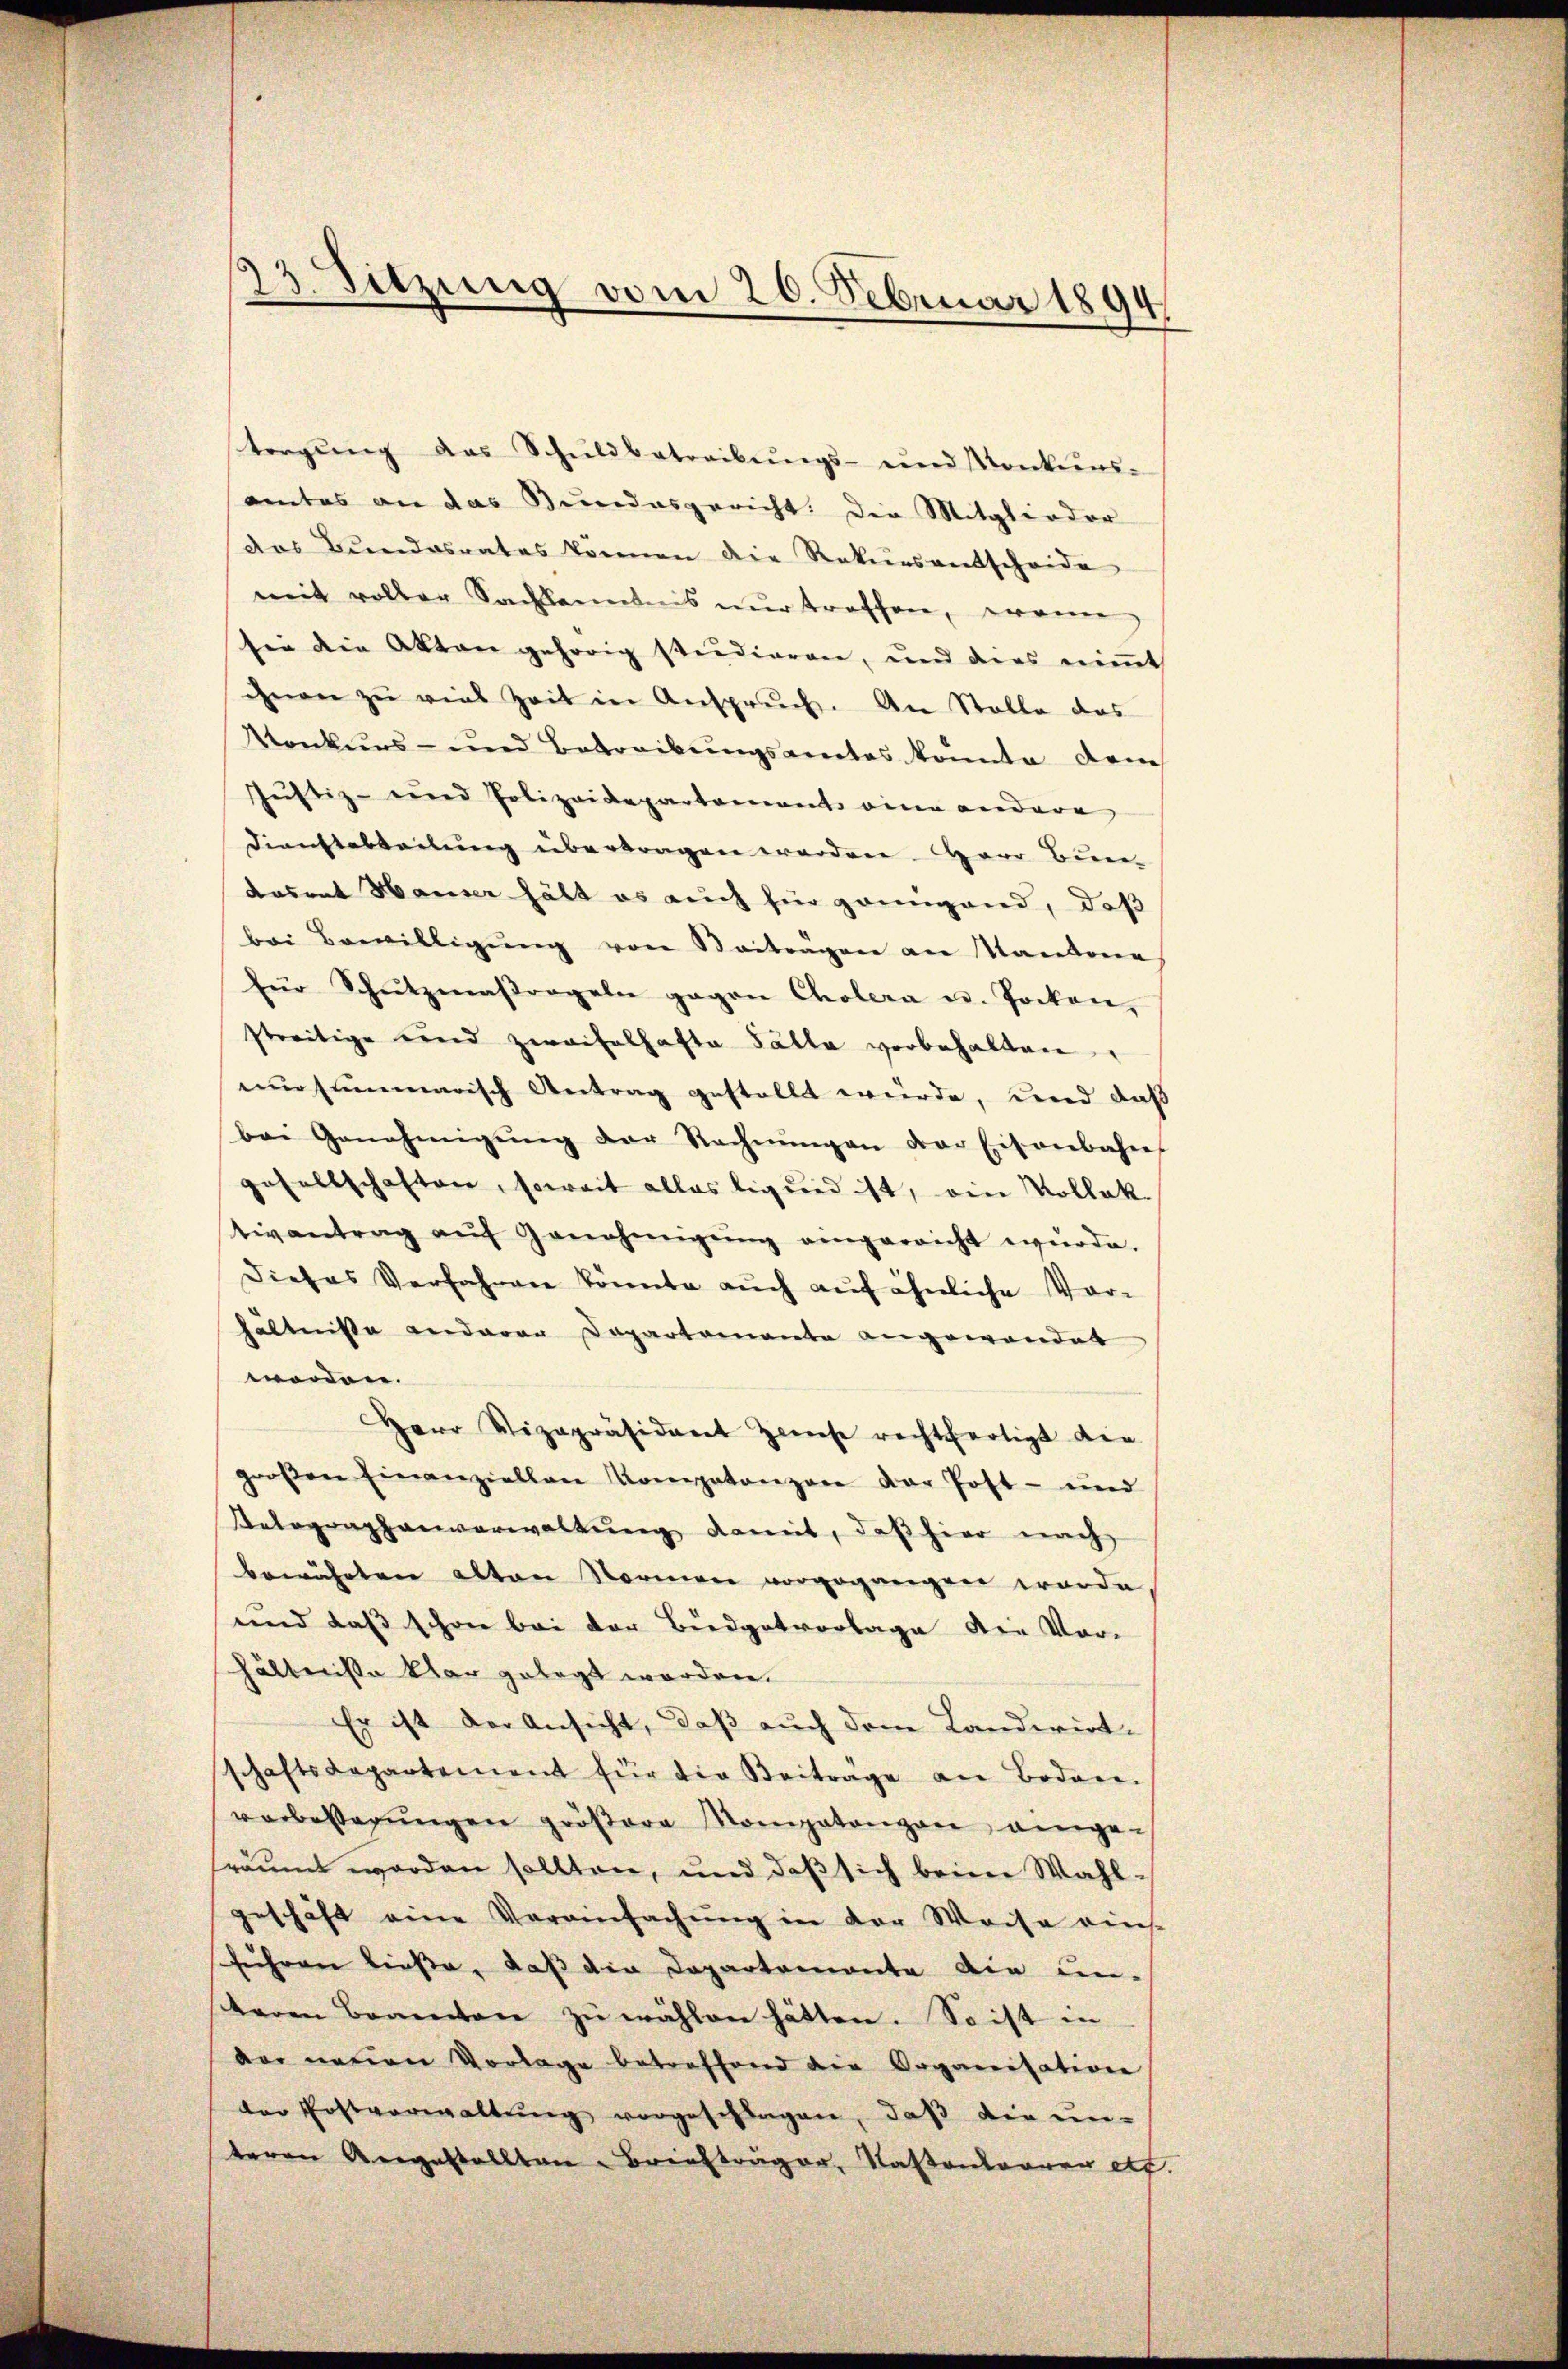
torgŭng das Schŭldbetreibŭngs- und Konkurs-
amtes an das Bundesgericht. Die Mitglieder
das Bundesrates können die Rekŭrsantscheide
mit voller Sachkenntnis nur troffen, wanne
sei die Akten gehörig studieren, und dies niṁt
ihnen zŭ viel Zeit in Anspruch. An Stolle das
Konkurs- und Betreibungsamtes konnte dem
Justiz- und Polizeidepartement eine andere
Dienstabteilung übertragen worden. Herr Bundasrat Hauser hält es auch für pringend, daß
bei Bewilligŭng von Vorträgen an Mandone
für Schŭtzmaßregeln gegen Cholera u. Pocken,
streitige und zweifelhafte Fälle vorbehalten.
nur summarisch Antrag gestellt wurde, und daß
bei Genehmigŭng der Rechnŭngen der Eisenbahne
gesellschaften, soweit alles ligend ist, ein Vollek
tivantrag aŭf Genehmigŭng eingereicht würde.
dieses Verfahren könnte aŭch aŭf ähnliche Vor-
hältniße anderen Departemente angewandet
worden.
Herr Vizepräsidiret zweise rechtfertigt die
großen Einanziellen Kompetenzen der Post- und
Ratographenverwaltung damit, daß hier nach
bewährten alten Normen vorgegangen worde
und daß schon bei der Biedgetvorlage die Vor-
hältnisse klar gelegt worden.
Er ist der Ansicht, daß auch dem Landwirt-
schaftsdepartement für die Beiträge an Boden.
verbesserŭngen größere Mompatangen eingesräumt worden sollten, und daß sich beim Wahlgeschäft eine Vereinfachŭng in der Weise eins-
fuhren ließe, daß die Departemonte die un-
taren Baaren zŭ wählen hätten. So ist in
der neuen Vorlage betreffend die Organisation
der Erstverwaltŭng vorgeschlagen, daß die un-
teren Angestellten Briefträger, Kastenwaaren etc.

13. Sitzung vom 20. Februar 1894.